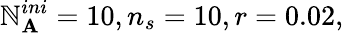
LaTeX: \mathbb{N}_{\mathbf{A}}^{ini}=10,n_{s}=10,r=0.02,